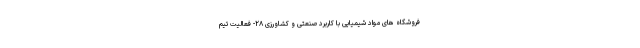
فروشگاه های مواد شیمیایی با کاربرد صنعتی و کشاورزی ۲۸- فعالیت تیم